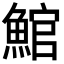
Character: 𩸘